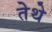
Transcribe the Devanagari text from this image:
तेेथे